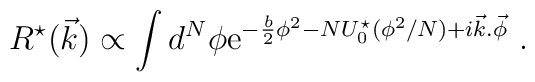
R^{\star}(\vec{k})\propto \int d^N\phi {\rm e}^{-{b\over 2}\phi^2-NU_0^{\star}(\phi^2/N)+i\vec{k}.\vec{\phi}}\ .